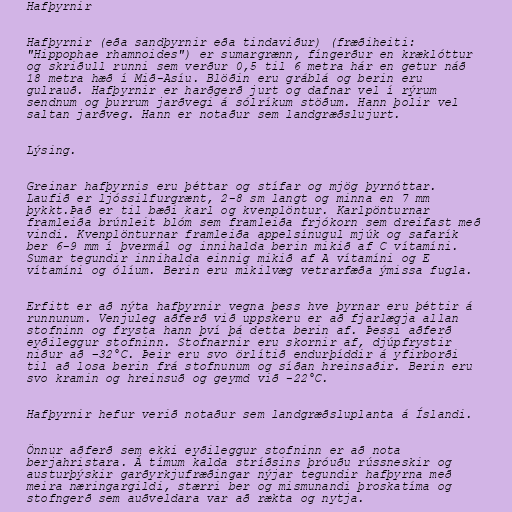
Hafþyrnir

Hafþyrnir (eða sandþyrnir eða tindaviður) (fræðiheiti:
"Hippophae rhamnoides") er sumargrænn, fíngerður en kræklóttur
og skriðull runni sem verður 0,5 til 6 metra hár en getur náð
18 metra hæð í Mið-Asíu. Blöðin eru gráblá og berin eru
gulrauð. Hafþyrnir er harðgerð jurt og dafnar vel í rýrum
sendnum og þurrum jarðvegi á sólríkum stöðum. Hann þolir vel
saltan jarðveg. Hann er notaður sem landgræðslujurt.

Lýsing.

Greinar hafþyrnis eru þéttar og stífar og mjög þyrnóttar.
Laufið er ljóssilfurgrænt, 2-8 sm langt og minna en 7 mm
þykkt.Það er til bæði karl og kvenplöntur. Karlpönturnar
framleiða brúnleit blóm sem framleiða frjókorn sem dreifast með
vindi. Kvenplönturnar framleiða appelsínugul mjúk og safarík
ber 6-9 mm í þvermál og innihalda berin mikið af C vítamíni.
Sumar tegundir innihalda einnig mikið af A vítamíni og E
vítamíni og ólíum. Berin eru mikilvæg vetrarfæða ýmissa fugla.

Erfitt er að nýta hafþyrnir vegna þess hve þyrnar eru þéttir á
runnunum. Venjuleg aðferð við uppskeru er að fjarlægja allan
stofninn og frysta hann því þá detta berin af. Þessi aðferð
eyðileggur stofninn. Stofnarnir eru skornir af, djúpfrystir
niður að −32°C. Þeir eru svo örlítið endurþíddir á yfirborði
til að losa berin frá stofnunum og síðan hreinsaðir. Berin eru
svo kramin og hreinsuð og geymd við -22°C.

Hafþyrnir hefur verið notaður sem landgræðsluplanta á Íslandi.

Önnur aðferð sem ekki eyðileggur stofninn er að nota
berjahristara. Á tímum kalda stríðsins þróuðu rússneskir og
austurþýskir garðyrkjufræðingar nýjar tegundir hafþyrna með
meira næringargildi, stærri ber og mismunandi þroskatíma og
stofngerð sem auðveldara var að rækta og nytja.